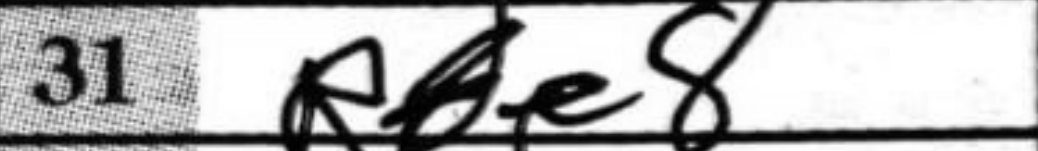
Transcription: Rde8